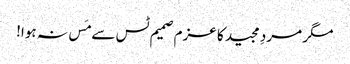
مگر مردِ مجید کا عزم صمیم ٹس سے مَس نہ ہوا!